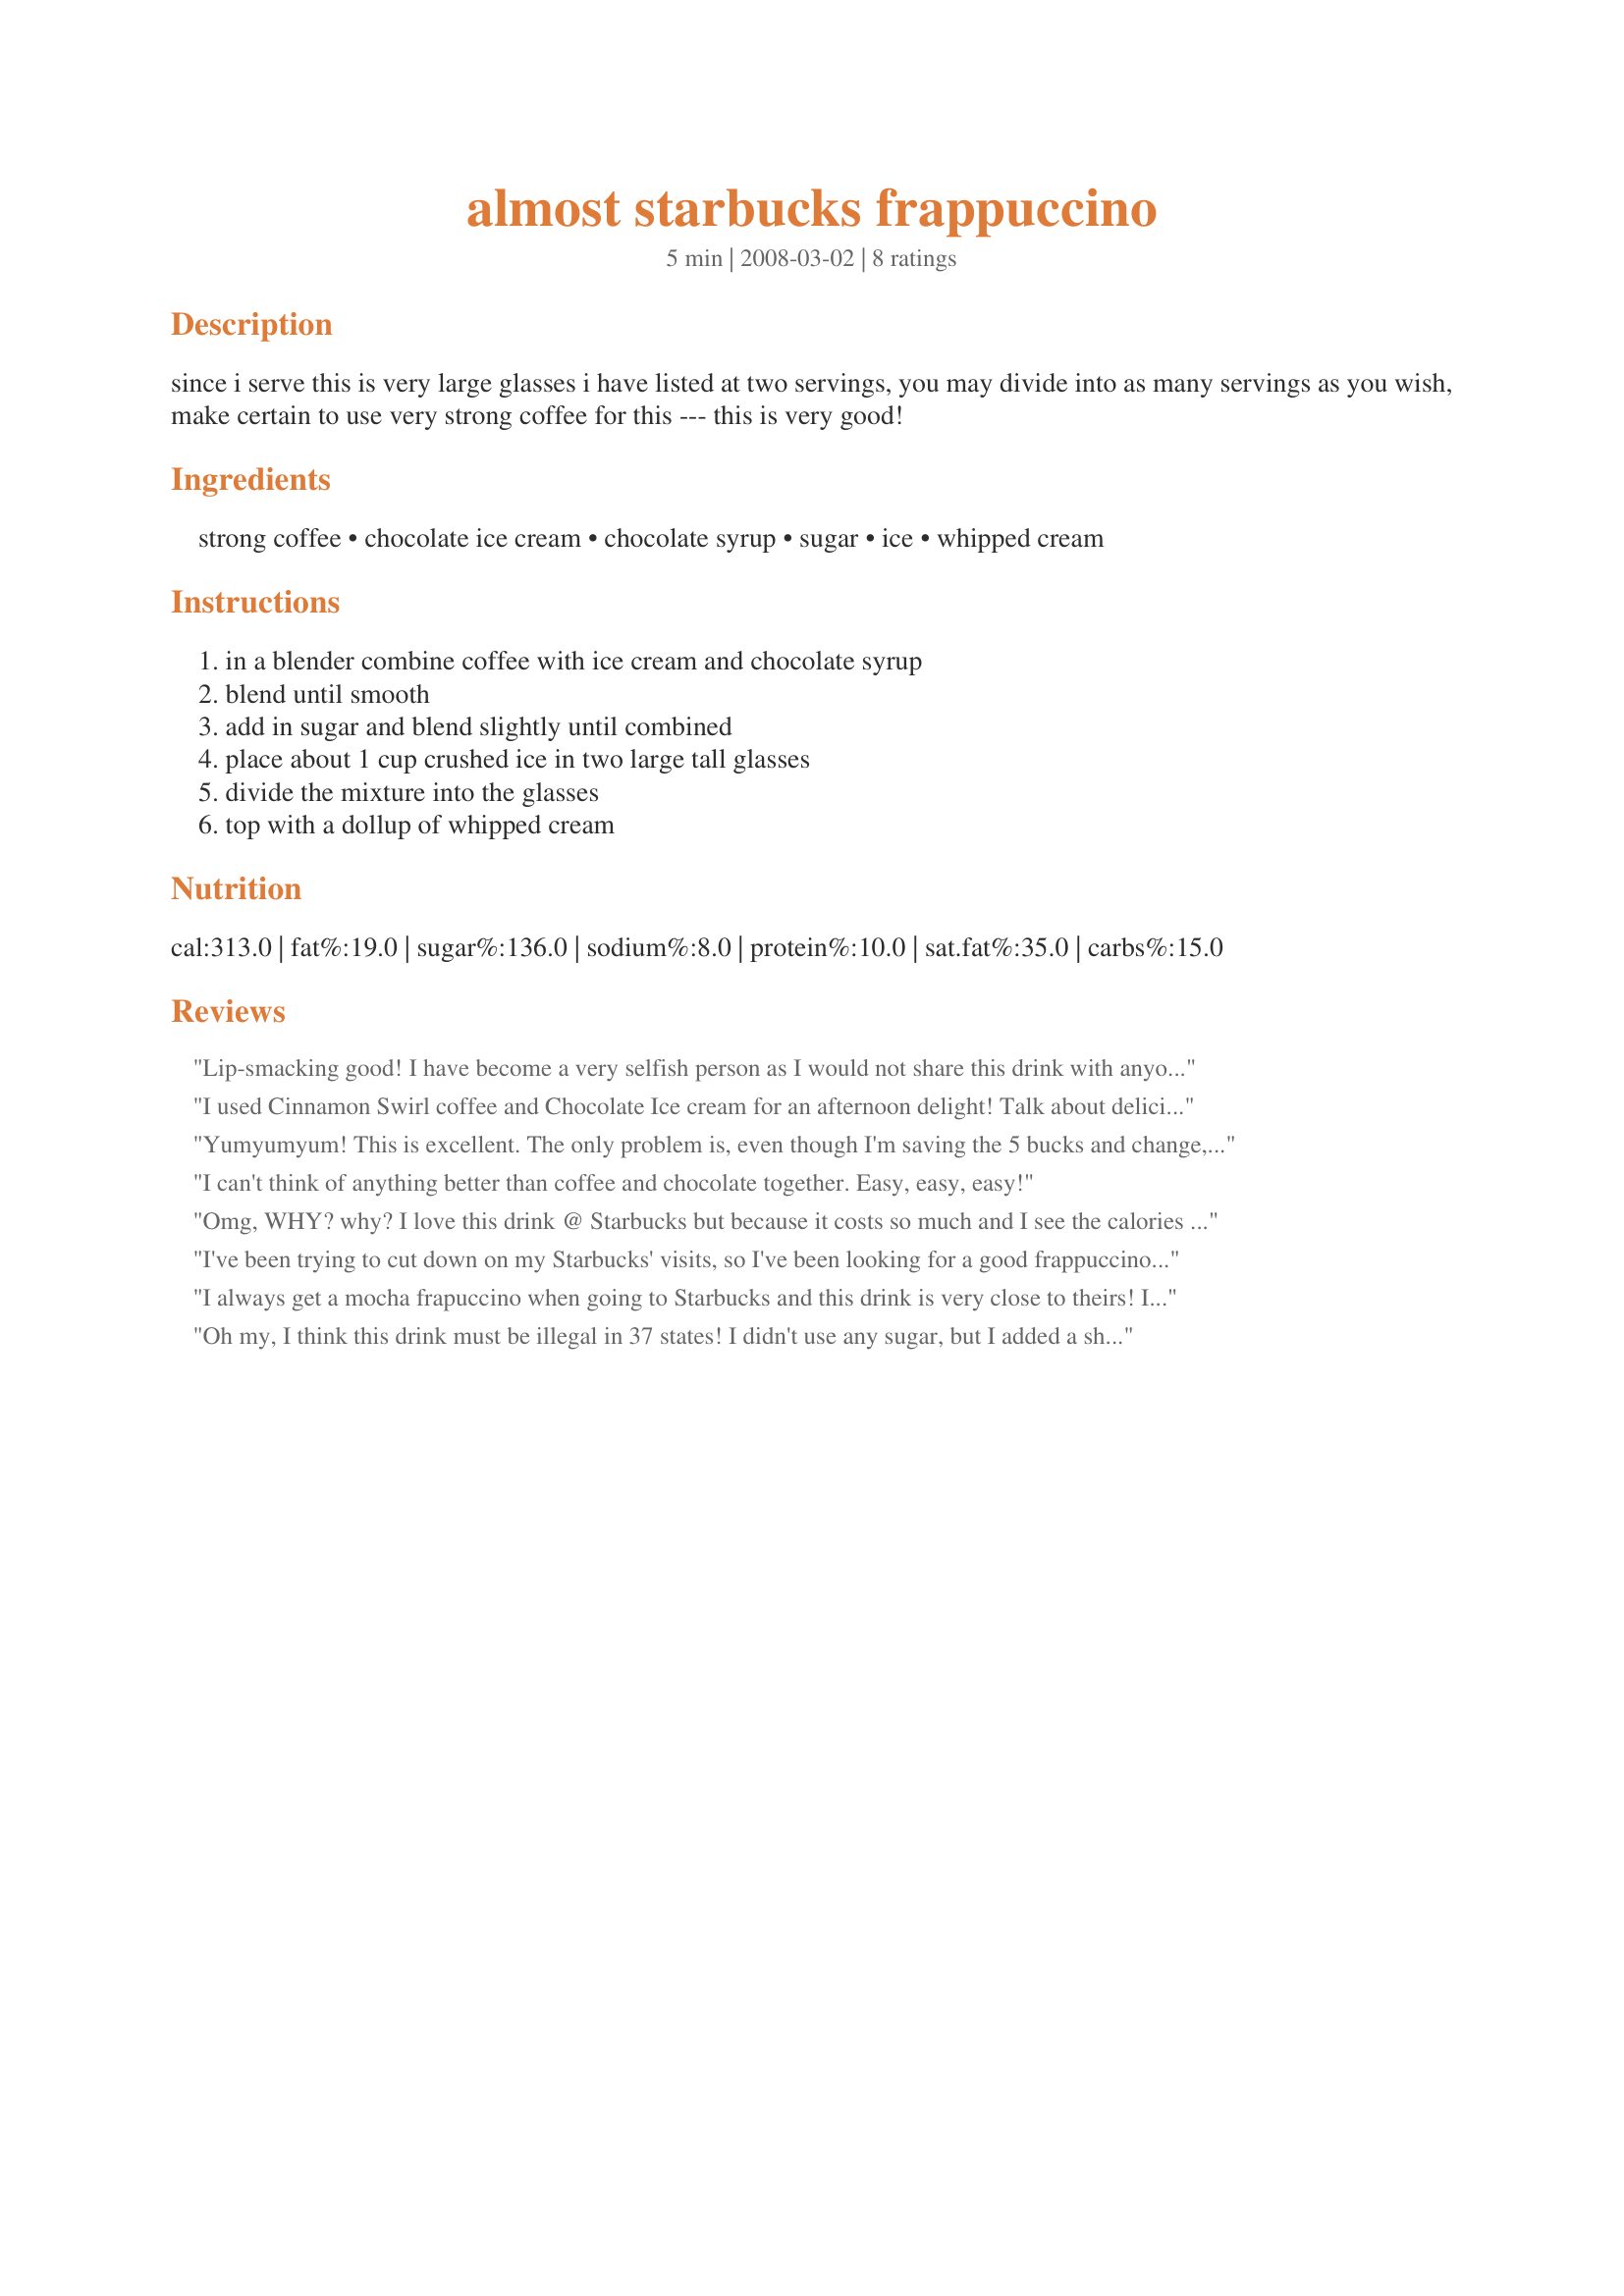
almost starbucks frappuccino
Preparation time: 5 minutes

since i serve this is very large glasses i have listed at two servings, you may divide into as many servings as you wish, make certain to use very strong coffee for this --- this is very good!

Ingredients:
strong coffee, chocolate ice cream, chocolate syrup, sugar, ice, whipped cream

Steps:
in a blender combine coffee with ice cream and chocolate syrup, blend until smooth, add in sugar and blend slightly until combined, place about 1 cup crushed ice in two large tall glasses, divide the mixture into the glasses, top with a dollup of whipped cream

Reviews:
Lip-smacking good! I have become a very selfish person as I would not share this drink with anyone ~~ I wanted it all to myself! I used sumatra coffee and Haagan Daz Chocolate ice cream and did not need any additional sugar as it was PERFECT! Bye bye coffee shop frapuccinos!! Made for 1-2-3 Hit Wonders 2008. I will be living happily ever after with this recipe!
I used Cinnamon Swirl coffee and Chocolate Ice cream for an afternoon delight! Talk about delicious? It sure is!
Yumyumyum! This is excellent. The only problem is, even though I'm saving the 5 bucks and change, now that I know what's IN it, I think the guilt is even worse! I think the sweetness is perfect without adding any more sugar. I did use fresh whipped cream, too, because it just wasn't fattening enough already. :D
I can't think of anything better than coffee and chocolate together. Easy, easy, easy!
Omg, WHY? why? I love this drink @ Starbucks but because it costs so much and I see the calories I usually can stay away BUT why did you have to post this. This will be the death of many diets to come, and of course I would discover this right before bathing suit season. "Almost" is not even the word, add a little mocha syrup instead of sugar and die a little bit every time. TO DIE FOR = THE DEATH OF ME!!!
I've been trying to cut down on my Starbucks' visits, so I've been looking for a good frappuccino recipe that's a suitable substitute. This definitely fits the bill! I used two packets of instant coffee dissolved in water instead of brewing some, 2 tablespoons of Starbucks mocha powder instead of the chocolate syrup, and a sugar-free chocolate ice cream. I thought this turned out even better than a regular mocha, with a lovely mix of chocolate and coffee flavors. It reminded me of the blended drinks I used to get at a locally owned coffee shop, just delicious and much, much cheaper! This recipe is great -- I thank you and my wallet does, too!
I always get a mocha frapuccino when going to Starbucks and this drink is very close to theirs! Instead of adding sugar I added more Hershey's syrup and I did need to have my coffee stronger but it was still very good. A good rich strong coffee would be perfect. Thank you sweets for yet another winning recipe!!
UPDATE: I made this coffee again using my regular amount of ground coffee but only enough water for 8 cups. I would have had a very hard time telling the real coffee drink from this one in a taste challenge! Topped with whipped cream and sprinkled about a pinch or two of ground coffee on top. Awesome!!!
Oh my, I think this drink must be illegal in 37 states! I didn't use any sugar, but I added a shot of rhum. All I can say is Wow! Thanks for the recipe Kittencal!
